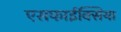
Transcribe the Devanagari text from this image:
एसफाईक्सिया